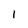
Character: I